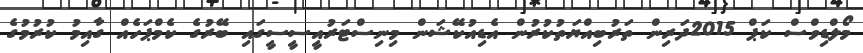
މޯލްޑިވްސް ކަޕް 2015ދަރިން ތަރުބިއްޔަތުކުރުން އެޑިއުކޭޝަން މިނިސްޓަރުއީސީސީގައި ބޭރުގެ ކެމްޕަހެއް ގާއިމު ކުރުމުގެ